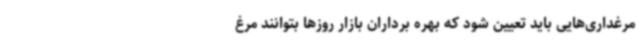
مرغداری‌هایی باید تعیین شود که بهره برداران بازار روزها بتوانند مرغ